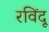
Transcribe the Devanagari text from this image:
रविंदू